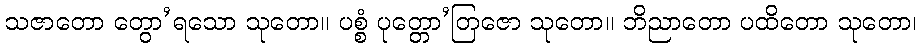
သဇာတော တွော’ရသော သုတော။ ပစ္စံ ပုတ္တော’တြဇော သုတော။ ဘိညာတော ပထိတော သုတော၊